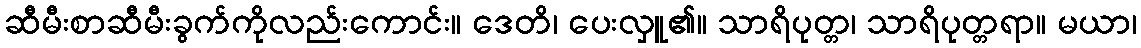
ဆီမီးစာဆီမီးခွက်ကိုလည်းကောင်း။ ဒေတိ၊ ပေးလှူ၏။ သာရိပုတ္တ၊ သာရိပုတ္တရာ။ မယာ၊